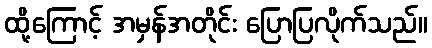
ထို့ကြောင့် အမှန်အတိုင်း ပြောပြလိုက်သည်။